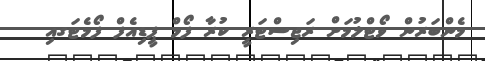
މެންބަރުން ވޯޓްލުމަށް ރަޖިސްޓަރީ ކުރާ ފޯމް ޕީޑިއެފް ފޯމެޓަގއި